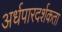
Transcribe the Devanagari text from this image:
अर्धपारदर्शकता